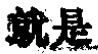
就是